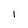
Character: l